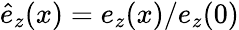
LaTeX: {\hat{e}_{z}(x)=e_{z}(x)/e_{z}(0)}